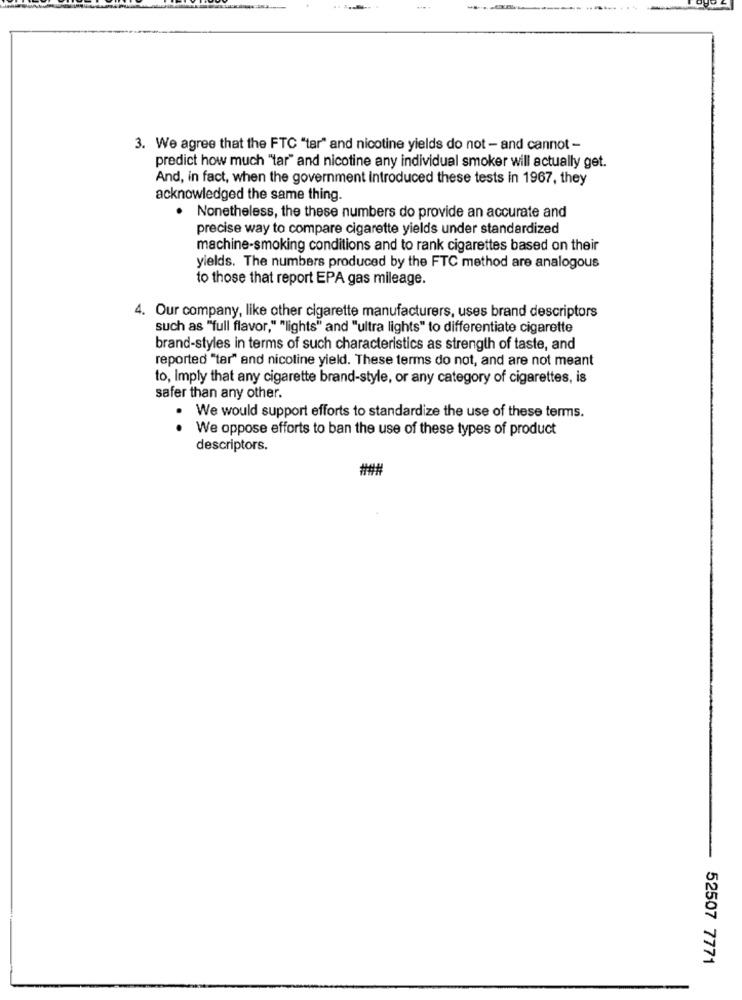
3. We agree that the FTC "tar" and nicotine yields do not - and cannot -
predict how much "tar" and nicotine any individual smoker will actually get.
And, in fact, when the government Introduced these tests in 1967, they
acknowledged the same thing.
. Nonetheless, the these numbers do provide an accurate and
precise way to compare cigarette yields under standardized
machine-smoking conditions and to rank cigarettes based on their
yields. The numbers produced by the FTC method are analogous
to those that report EPA gas mileage.
4. Our company, like other cigarette manufacturers, uses brand descriptors
such as "full flavor," "lights" and "ultra lights" to differentiate cigarette
brand-styles in terms of such characteristics as strength of taste, and
reported "tar" and nicotine yield. These terms do not, and are not meant
to, Imply that any cigarette brand-style, or any category of cigarettes, is
safer than any other.
We would support efforts to standardize the use of these terms.
.
We oppose efforts to ban the use of these types of product
descriptors.
###
52507 7771